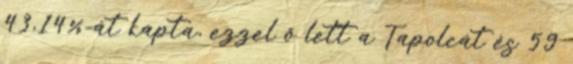
43,14%-át kapta, ezzel ő lett a Tapolcát és 59